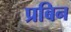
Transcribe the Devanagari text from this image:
प्रबिन